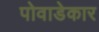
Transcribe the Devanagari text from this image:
पोवाडेकार